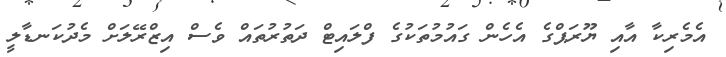
އެމެރިކާ އާއި ޔޫރަޕްގެ އެހެން ގައުމުތަކުގެ ފްލައިޓް ދަތުރުތައް ވެސް އިޒްރޭލަށް މެދުކަނޑާލީ